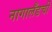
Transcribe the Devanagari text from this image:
नागालँडची